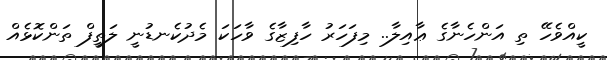
ކީއްވެހޭ ތި އަންހެނާގެ ޢާއިލާ.. މިފަހަރު ހާފިޒާގެ ވާހަކަ މެދުކެނޑުނީ ލަތީފް ތަންކޮޅެއް